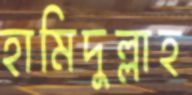
হামিদুল্লাহ